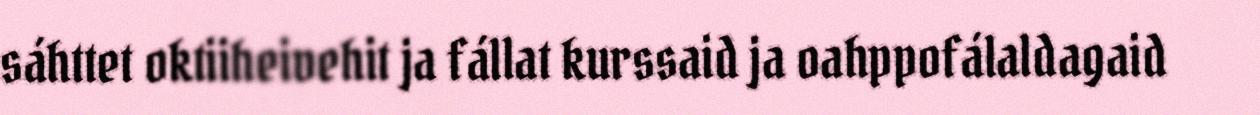
sáhttet oktiiheivehit ja fállat kurssaid ja oahppofálaldagaid